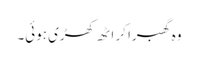
وہ گھبرا کر اٹھ کھڑی ہوئی۔